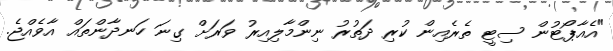
"އެއާޕޯޓުން ސިޓީ ތެރެއިން ކުރި ދަތުރު ނިންމާލިއިރު ވަރަށް ގިނަ ހަނދާންތައް އާވެއްޖެ.